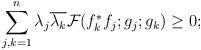
LaTeX: \begin{align*}\sum_{j,k=1}^n\lambda_j\overline{\lambda_k}{\cal F}(f_k^*f_j;g_j;g_k)\ge 0;\end{align*}